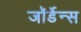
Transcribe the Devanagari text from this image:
जॉर्डेन्स